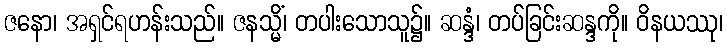
ဇနော၊ အရှင်ရဟန်းသည်။ ဇနသ္မိံ၊ တပါးသောသူ၌။ ဆန္ဒံ၊ တပ်ခြင်းဆန္ဒကို။ ဝိနယဿု၊